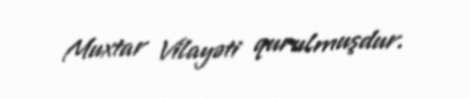
Muxtar Vilayəti qurulmuşdur.